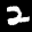
Label: 2